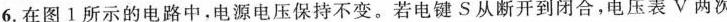
6.在图1所示的电路中，电源电压保持不变。若电键S从断开到闭合，电压表V两次